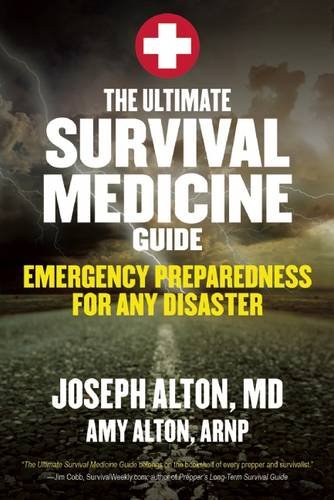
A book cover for The Ultimate Survival Medicine Guide: Emergency Preparedness for ANY Disaster; Joseph Alton; Health, Fitness & Dieting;